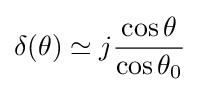
\delta (\theta )\simeq j{\frac {\cos \theta }{\cos \theta _{0}}}